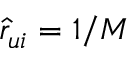
\hat { r } _ { u i } = 1 / M